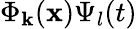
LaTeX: \Phi_{\mathbf{k}}(\mathbf{{x}})\Psi_{l}(t)